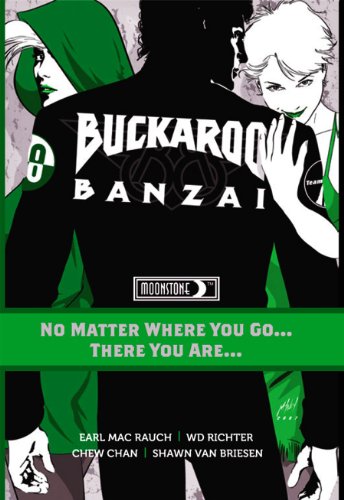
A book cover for Buckaroo Banzai TP Vol 02 No Matter Where You Go; Earl Mac Rauch; Comics & Graphic Novels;